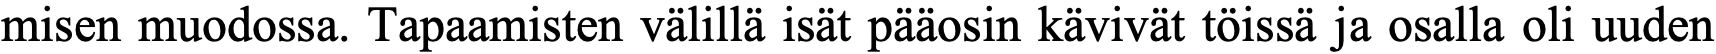
misen muodossa. Tapaamisten välillä isät pääosin kävivät töissä ja osalla oli uuden